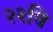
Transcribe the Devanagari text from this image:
२२वि